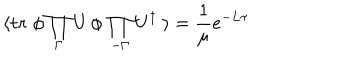
\langle \mathrm { \bf t r } \; \phi \prod _ { \Gamma } U \, \phi \, \prod _ { - \Gamma } U ^ { \dagger } \; \rangle = { \frac { 1 } { \mu } } e ^ { - L \tau }